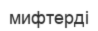
мифтерді